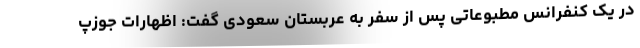
در یک کنفرانس مطبوعاتی پس از سفر به عربستان سعودی گفت: اظهارات جوزپ